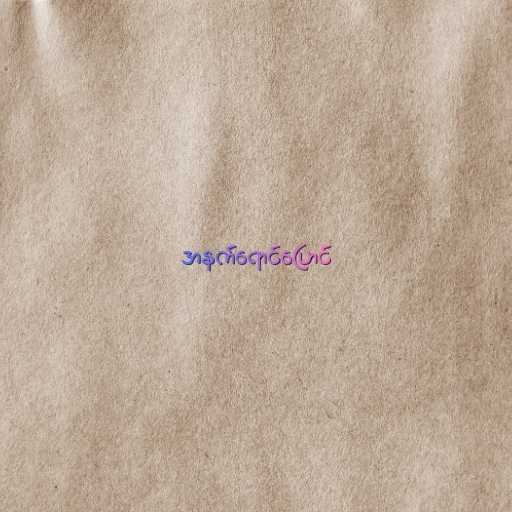
အနက်ရောင်ပြောင်